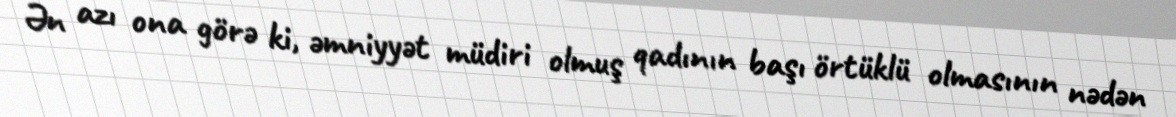
Ən azı ona görə ki, əmniyyət müdiri olmuş qadının başı örtüklü olmasının nədən